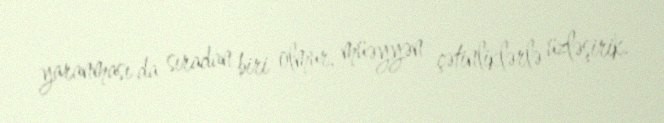
yaranması da sıradan biri olmur, müəyyən çətinliklərlə üzləşirik.